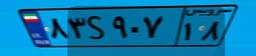
۸۳S۹۰۷۱۸